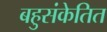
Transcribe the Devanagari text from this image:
बहुसंकेतित